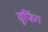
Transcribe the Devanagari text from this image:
वूफिंग